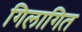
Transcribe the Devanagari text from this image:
गिलागित